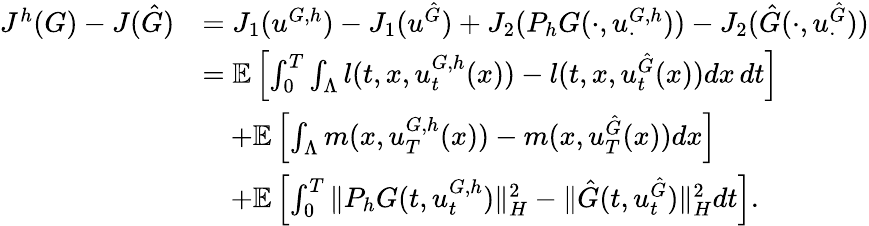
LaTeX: \begin{array}{rl}{J^{h}(G)-J(\hat{G})}&{=J_{1}(u^{G,h})-J_{1}(u^{\hat{G}})+J_{2}(P_{h}G(\cdot,u_{\cdot}^{{G,h}}))-J_{2}(\hat{G}(\cdot,u_{\cdot}^{\hat{G}}))}\\ &{=\mathbb{E}\left[\int_{0}^{T}\int_{\Lambda}l(t,x,u_{t}^{G,h}(x))-l(t,x,u_{t}^{\hat{G}}(x))dx\, dt\right]}\\ &{\quad+\mathbb{E}\left[\int_{\Lambda}m(x,u_{T}^{G,h}(x))-m(x,u_{T}^{\hat{G}}(x))dx\right]}\\ &{\quad+\mathbb{E}\left[\int_{0}^{T}\| P_{h}G(t,u_{t}^{G,h})\| _{H}^{2}-\| \hat{G}(t,u_{t}^{\hat{G}})\| _{H}^{2}dt\right].}\end{array}